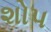
શોપ